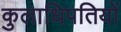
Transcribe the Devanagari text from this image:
कुलाधिपतियों